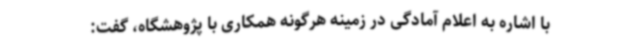
با اشاره به اعلام آمادگی در زمینه هرگونه همکاری با پژوهشگاه، گفت: